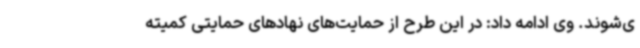
ی‌شوند. وی ادامه داد: در این طرح از حمایت‌های نهادهای حمایتی کمیته